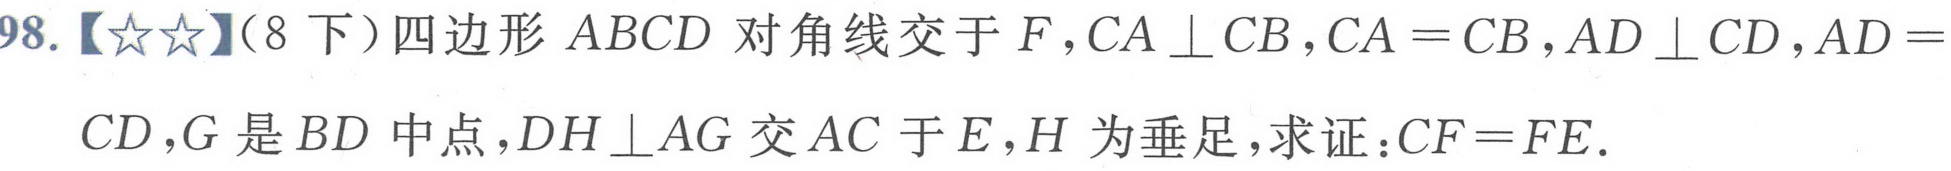
98.【★★】（8下）四边形 \(ABCD\) 对角线交于 \(F\)，\(CA\perp CB\)，\(CA = CB\)，\(AD\perp CD\)，\(AD = CD\)，\(G\) 是 \(BD\) 中点，\(DH\perp AG\) 交 \(AC\) 于 \(E\)，\(H\) 为垂足，求证：\(CF = FE\).